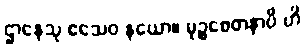
ဌာနေသု ဧသေဝ နယော။ မုဉ္စစေတနာပိ ဟိ